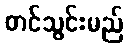
တင်သွင်းမည်